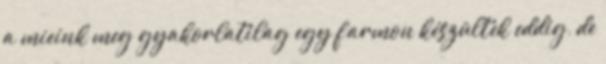
a mieink meg gyakorlatilag egy farmon készültek eddig, de